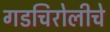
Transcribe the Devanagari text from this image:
गडचिरोलीचे